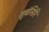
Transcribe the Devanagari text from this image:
सुबंसिरि